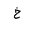
Letter: _kha